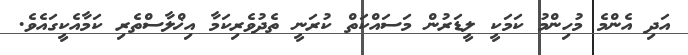
އަދި އެންމެ މުހިންމު ކަމަކީ ލީޑަރުން މަސައްކަތް ކުރަނީ ތެދުވެރިކަމާ އިޚްލާސްތެރި ކަމާއެކީގައެވެ.